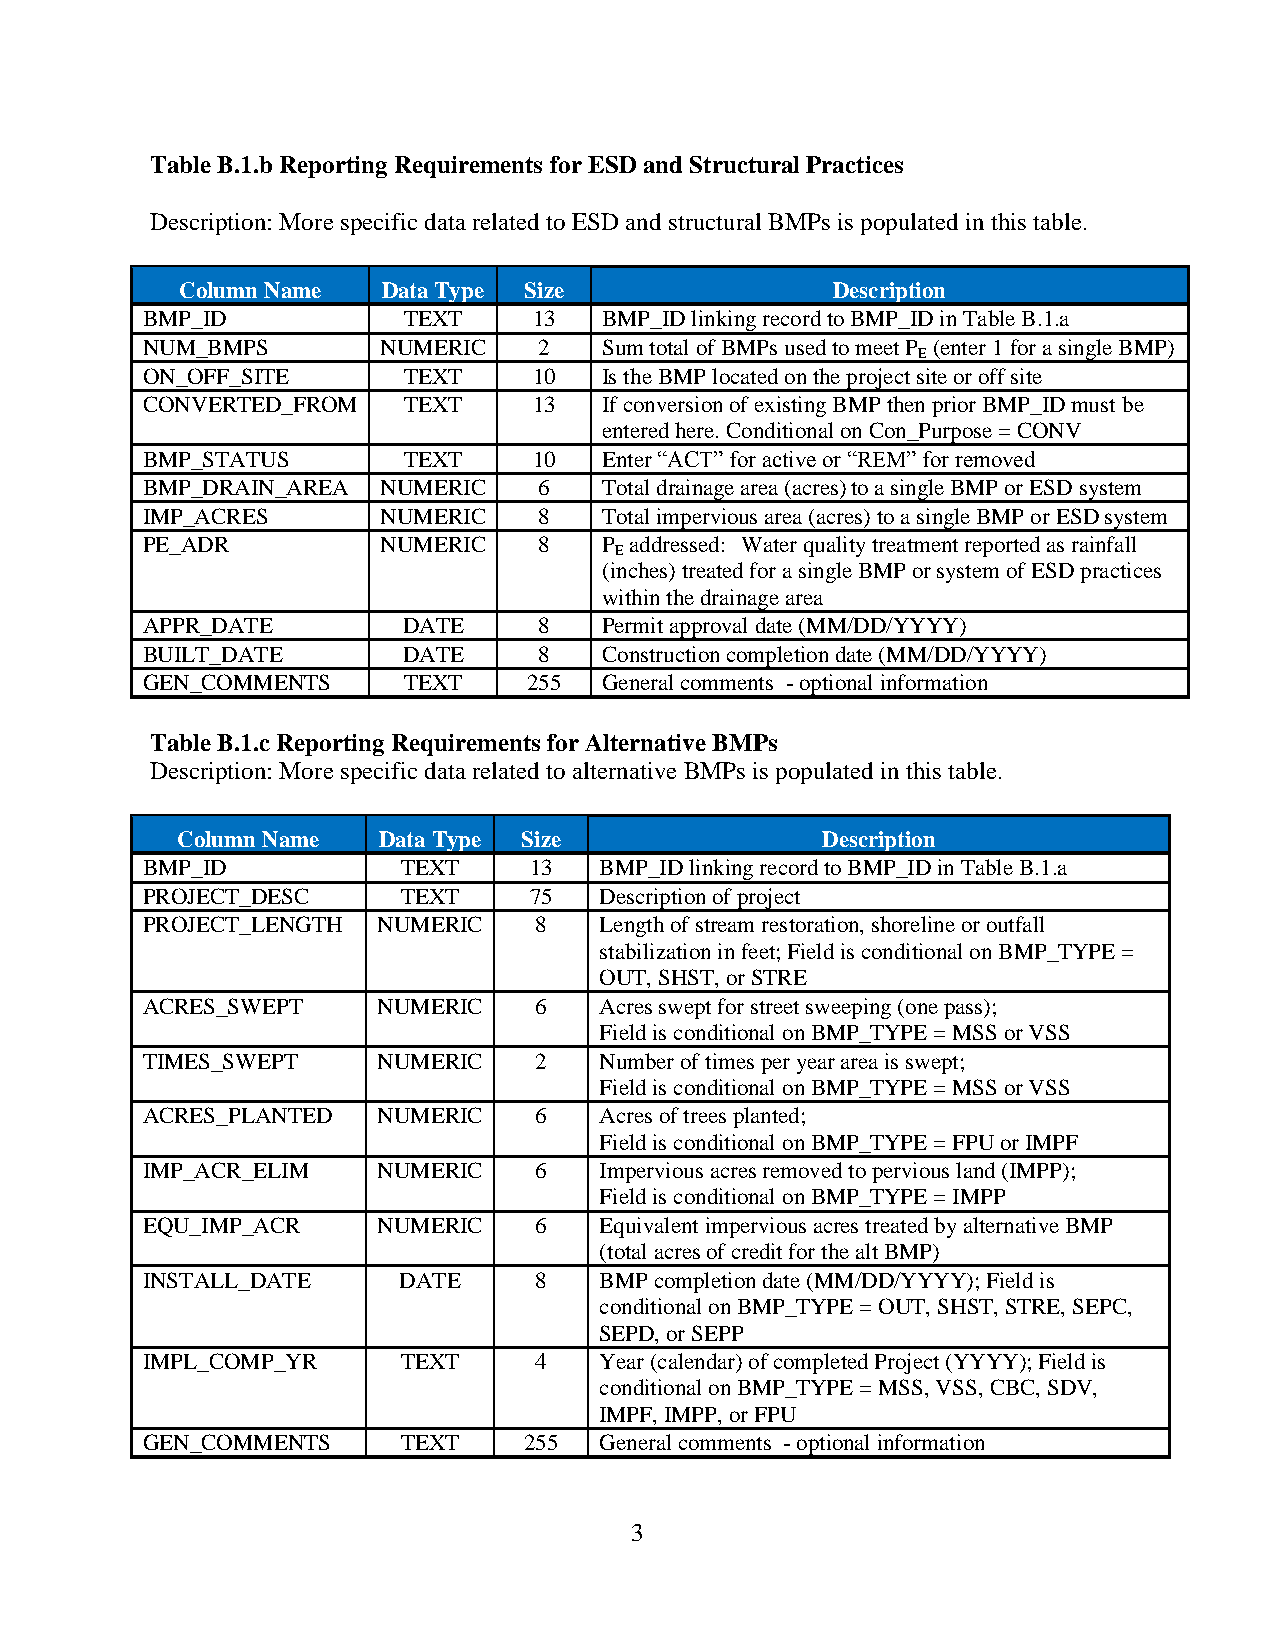
Table B.1.b Reporting Requirements for ESD and Structural Practices
 Description: More specific data related to ESD and structural BMPs is populated in this table.
 Column Name  Data Type Size                Description
 BMP_ID            TEXT    13   BMP_ID linking record to BMP_ID in Table B.1.a
 NUM_BMPS        NUMERIC    2   Sum total of BMPs used to meet P (enter 1 for a single BMP)
 E
 ON_OFF_SITE       TEXT    10   Is the BMP located on the project site or off site
 CONVERTED_FROM    TEXT    13   If conversion of existing BMP then prior BMP_ID must be
 entered here. Conditional on Con_Purpose = CONV
 BMP_STATUS        TEXT    10   Enter “ACT” for active or “REM” for removed
 BMP_DRAIN_AREA  NUMERIC    6   Total drainage area (acres) to a single BMP or ESD system
 IMP_ACRES       NUMERIC    8   Total impervious area (acres) to a single BMP or ESD system
 PE_ADR          NUMERIC    8   P addressed: Water quality treatment reported as rainfall
 E
 (inches) treated for a single BMP or system of ESD practices
 within the drainage area
 APPR_DATE         DATE     8   Permit approval date (MM/DD/YYYY)
 BUILT_DATE        DATE     8   Construction completion date (MM/DD/YYYY)
 GEN_COMMENTS      TEXT    255  General comments - optional information
 Table B.1.c Reporting Requirements for Alternative BMPs
 Description: More specific data related to alternative BMPs is populated in this table.
 Column Name  Data Type Size               Description
 BMP_ID            TEXT    13   BMP_ID linking record to BMP_ID in Table B.1.a
 PROJECT_DESC      TEXT    75   Description of project
 PROJECT_LENGTH  NUMERIC   8    Length of stream restoration, shoreline or outfall
 stabilization in feet; Field is conditional on BMP_TYPE =
 OUT, SHST, or STRE
 ACRES_SWEPT     NUMERIC   6    Acres swept for street sweeping (one pass);
 Field is conditional on BMP_TYPE = MSS or VSS
 TIMES_SWEPT     NUMERIC   2    Number of times per year area is swept;
 Field is conditional on BMP_TYPE = MSS or VSS
 ACRES_PLANTED   NUMERIC   6    Acres of trees planted;
 Field is conditional on BMP_TYPE = FPU or IMPF
 IMP_ACR_ELIM    NUMERIC   6    Impervious acres removed to pervious land (IMPP);
 Field is conditional on BMP_TYPE = IMPP
 EQU_IMP_ACR     NUMERIC   6    Equivalent impervious acres treated by alternative BMP
 (total acres of credit for the alt BMP)
 INSTALL_DATE     DATE     8    BMP completion date (MM/DD/YYYY); Field is
 conditional on BMP_TYPE = OUT, SHST, STRE, SEPC,
 SEPD, or SEPP
 IMPL_COMP_YR      TEXT    4    Year (calendar) of completed Project (YYYY); Field is
 conditional on BMP_TYPE = MSS, VSS, CBC, SDV,
 IMPF, IMPP, or FPU
 GEN_COMMENTS      TEXT    255  General comments - optional information
 3